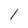
Character: 1